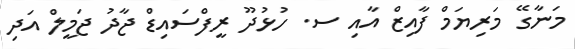
މަނާގޭ މަރިޔަމް ފާއިޒް އާއި ސ. ހުޅުދޫ ރީފްސައިޑް ޖާދު ޖަމީލް އަދި